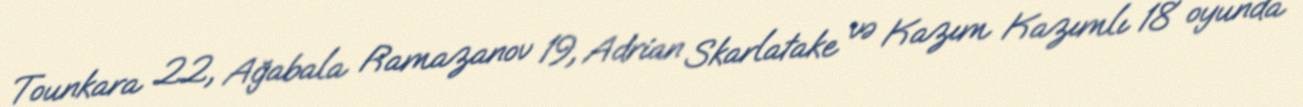
Tounkara 22, Ağabala Ramazanov 19, Adrian Skarlatake və Kazım Kazımlı 18 oyunda